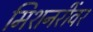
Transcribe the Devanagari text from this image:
मिशनरींवर